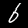
Digit: 6